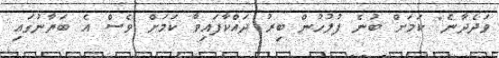
ވަދެދާނެ" ކަމަށް ބުނެ ފުލުހުން ބިރު ދައްކާފައިވާ ކަމަށް ވެސް އެ ބަޔާނުގައި